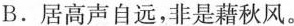
B.居高声自远，非是藉秋风。